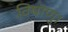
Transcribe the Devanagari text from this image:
विषाणु।